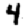
Digit: 4